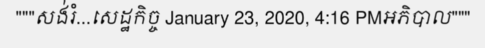
"""សង់រំ...សេដ្ឋកិច្ច January 23, 2020, 4:16 PMអភិបាល"""